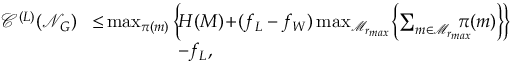
\begin{array} { r l } { \mathscr { C } ^ { ( L ) } ( \mathcal { N } _ { G } ) \! } & { \leq \! \operatorname* { m a x } _ { \pi ( m ) } \left\{ \! H ( M ) \! + \! ( f _ { L } - f _ { W } ) \operatorname* { m a x } _ { \mathcal { M } _ { r _ { m a x } } } \! \left\{ \sum _ { m \in \mathcal { M } _ { r _ { m a x } } } \! \! \! \! \! \! \pi ( m ) \right\} \! \right\} } \\ & { ~ ~ ~ ~ ~ ~ ~ ~ ~ ~ ~ ~ ~ ~ - f _ { L } , } \end{array}